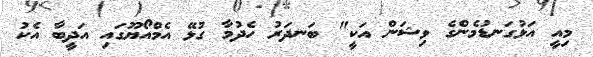
މިއީ އަޅުގަނޑުމެންގެ ވިޝަން އަކީ" ބަނދަރު ހެދުމާ ގުޅޭ އެމްއޯޔޫގައި އަދީބާ އެކު